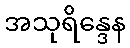
အသုရိန္ဒေန